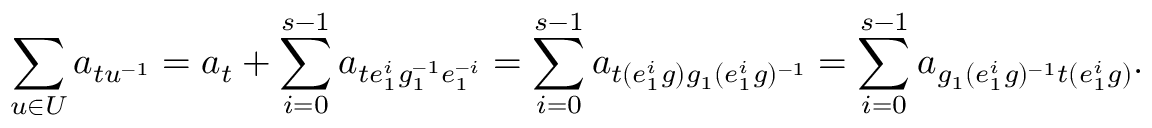
\sum _ { u \in U } a _ { t u ^ { - 1 } } = a _ { t } + \sum _ { i = 0 } ^ { s - 1 } a _ { t e _ { 1 } ^ { i } g _ { 1 } ^ { - 1 } e _ { 1 } ^ { - i } } = \sum _ { i = 0 } ^ { s - 1 } a _ { t ( e _ { 1 } ^ { i } g ) g _ { 1 } ( e _ { 1 } ^ { i } g ) ^ { - 1 } } = \sum _ { i = 0 } ^ { s - 1 } a _ { g _ { 1 } ( e _ { 1 } ^ { i } g ) ^ { - 1 } t ( e _ { 1 } ^ { i } g ) } .